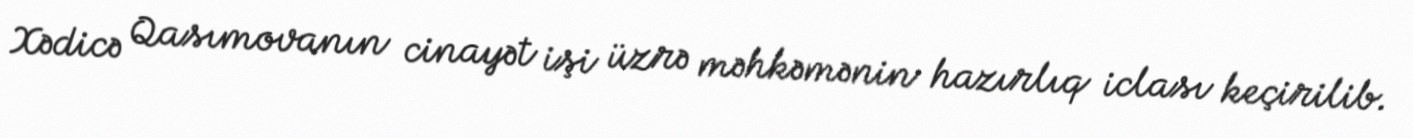
Xədicə Qasımovanın cinayət işi üzrə məhkəmənin hazırlıq iclası keçirilib.